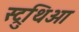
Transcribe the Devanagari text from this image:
स्ट्रुथिओ